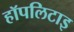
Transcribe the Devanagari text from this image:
हॉपलिटाइ